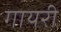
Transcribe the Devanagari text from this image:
गायरी